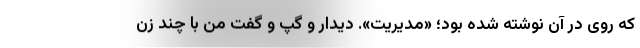
که روی در آن نوشته شده بود؛ «مدیریت». دیدار و گپ و گفت من با چند زن